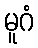
မူဂံ